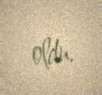
oldu.